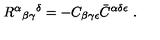
R ^ { \alpha } { } _ { \beta \gamma } { } ^ { \delta } = - C _ { \beta \gamma \epsilon } \bar { C } ^ { \alpha \delta \epsilon } \ .